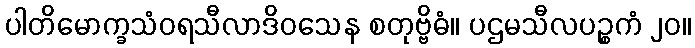
ပါတိမောက္ခသံဝရသီလာဒိဝသေန စတုဗ္ဗိဓံ။ ပဌမသီလပဉ္စကံ ၂၀။